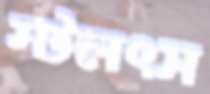
স্টলৎস